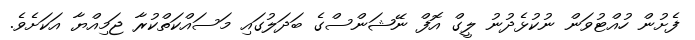
ފެށުން ހުއްޓުވަން ނުކުޅެދުނު ލީގް އޮފް ނޭޝަންސްގެ ބަދަލުގައި މަސައްކަތްކުރާ ޖަމިއްޔާ އަކަށެވެ.